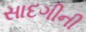
સાદગીની